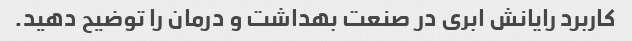
کاربرد رایانش ابری در صنعت بهداشت و درمان را توضیح دهید.